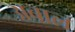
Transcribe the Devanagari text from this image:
अबाल